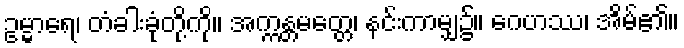
ဥမ္မာရေ၊ တံခါးခုံတို့ကို။ အက္ကန္တမတ္တေ၊ နင်းကာမျှ၌။ ဂေဟဿ၊ အိမ်၏။